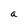
Character: a